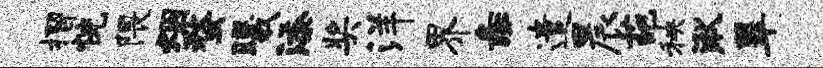
摺恍隈烟蝥曦添奖洋界彘遣晨葩秧湫翠